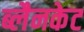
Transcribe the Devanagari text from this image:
ब्लैनकेट